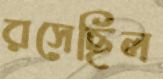
রসেছিল